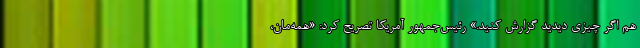
هم اگر چیزی دیدید گزارش کنید.» رئیس‌جمهور آمریکا تصریح کرد: «همه‌مان،